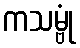
ကသမ္ဗုံ